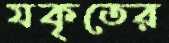
যকৃতের